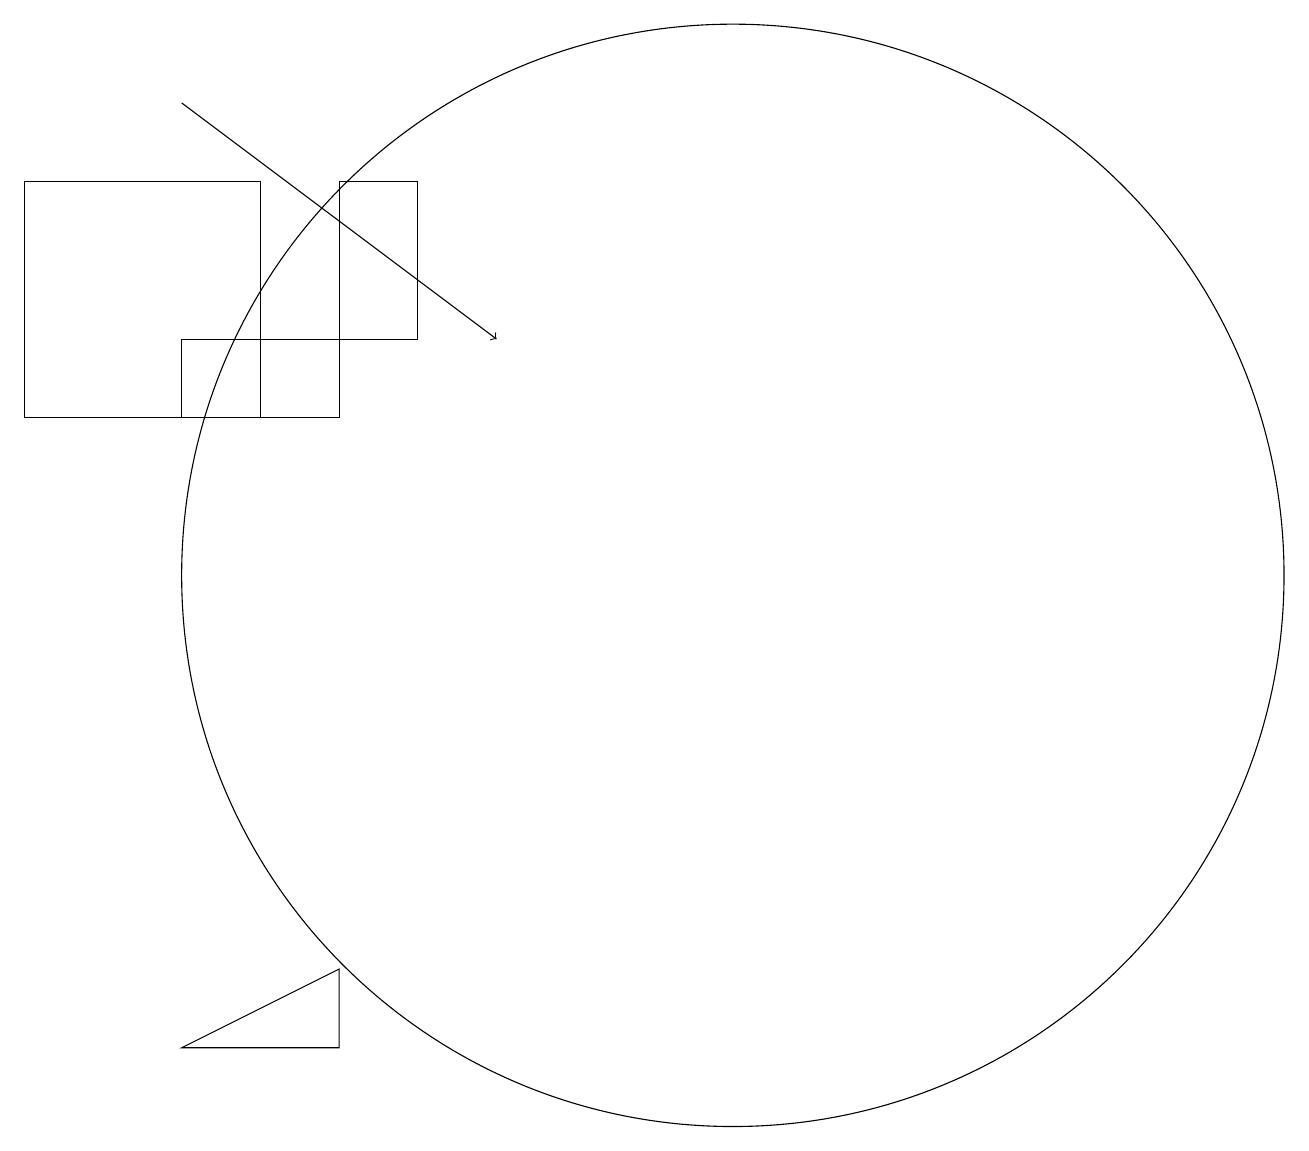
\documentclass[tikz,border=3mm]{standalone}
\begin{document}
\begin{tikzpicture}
\draw (6,13) rectangle (4,14);
\draw (11,11) circle (7);
\draw (7,14) rectangle (6,16);
\draw[->] (4,17) -- (8,14);
\draw (6,5) -- (4,5) -- (6,6) -- cycle;
\draw (5,16) rectangle (2,13);
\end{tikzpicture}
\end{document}